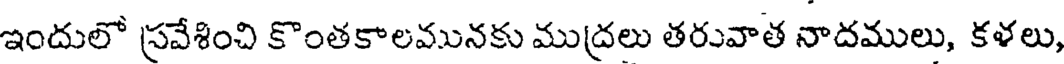
ఇందులో ప్రవేశించి కొంతకాలమునకు ముద్రలు తరువాత నాదములు, కళలు,